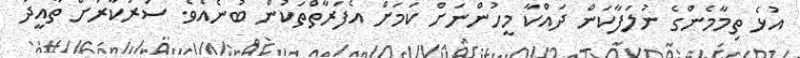
އުޅެ ތިމާމެންގެ ނުލަފާކަން ދައްކާ މީހުންނަށް ކަމަށް އެފަރާތްތަކުން ބުނެއެވެ. ސަރުކާރަށް ތާއީދު